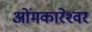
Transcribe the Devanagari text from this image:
ओंमकारेश्‍वर